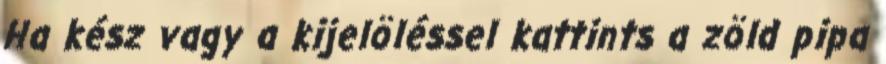
Ha kész vagy a kijelöléssel kattints a zöld pipa